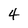
Character: 4